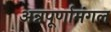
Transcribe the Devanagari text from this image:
अन्नपूर्णामंगल